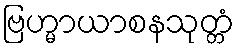
ဗြဟ္မာယာစနသုတ္တံ